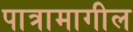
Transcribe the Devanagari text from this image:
पात्रामागील